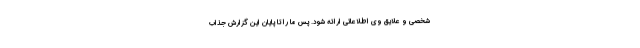
شخصی و علایق وی اطلاعاتی ارائه شود. پس ما را تا پایان این گزارش جذاب